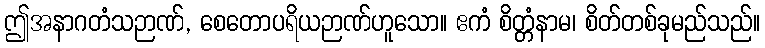
ဤအနာဂတံသဉာဏ်, စေတောပရိယဉာဏ်ဟူသော။ ဧကံ စိတ္တံနာမ၊ စိတ်တစ်ခုမည်သည်။